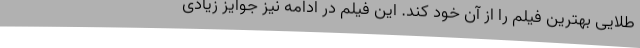
طلایی بهترین فیلم را از آن خود کند. این فیلم در ادامه نیز جوایز زیادی